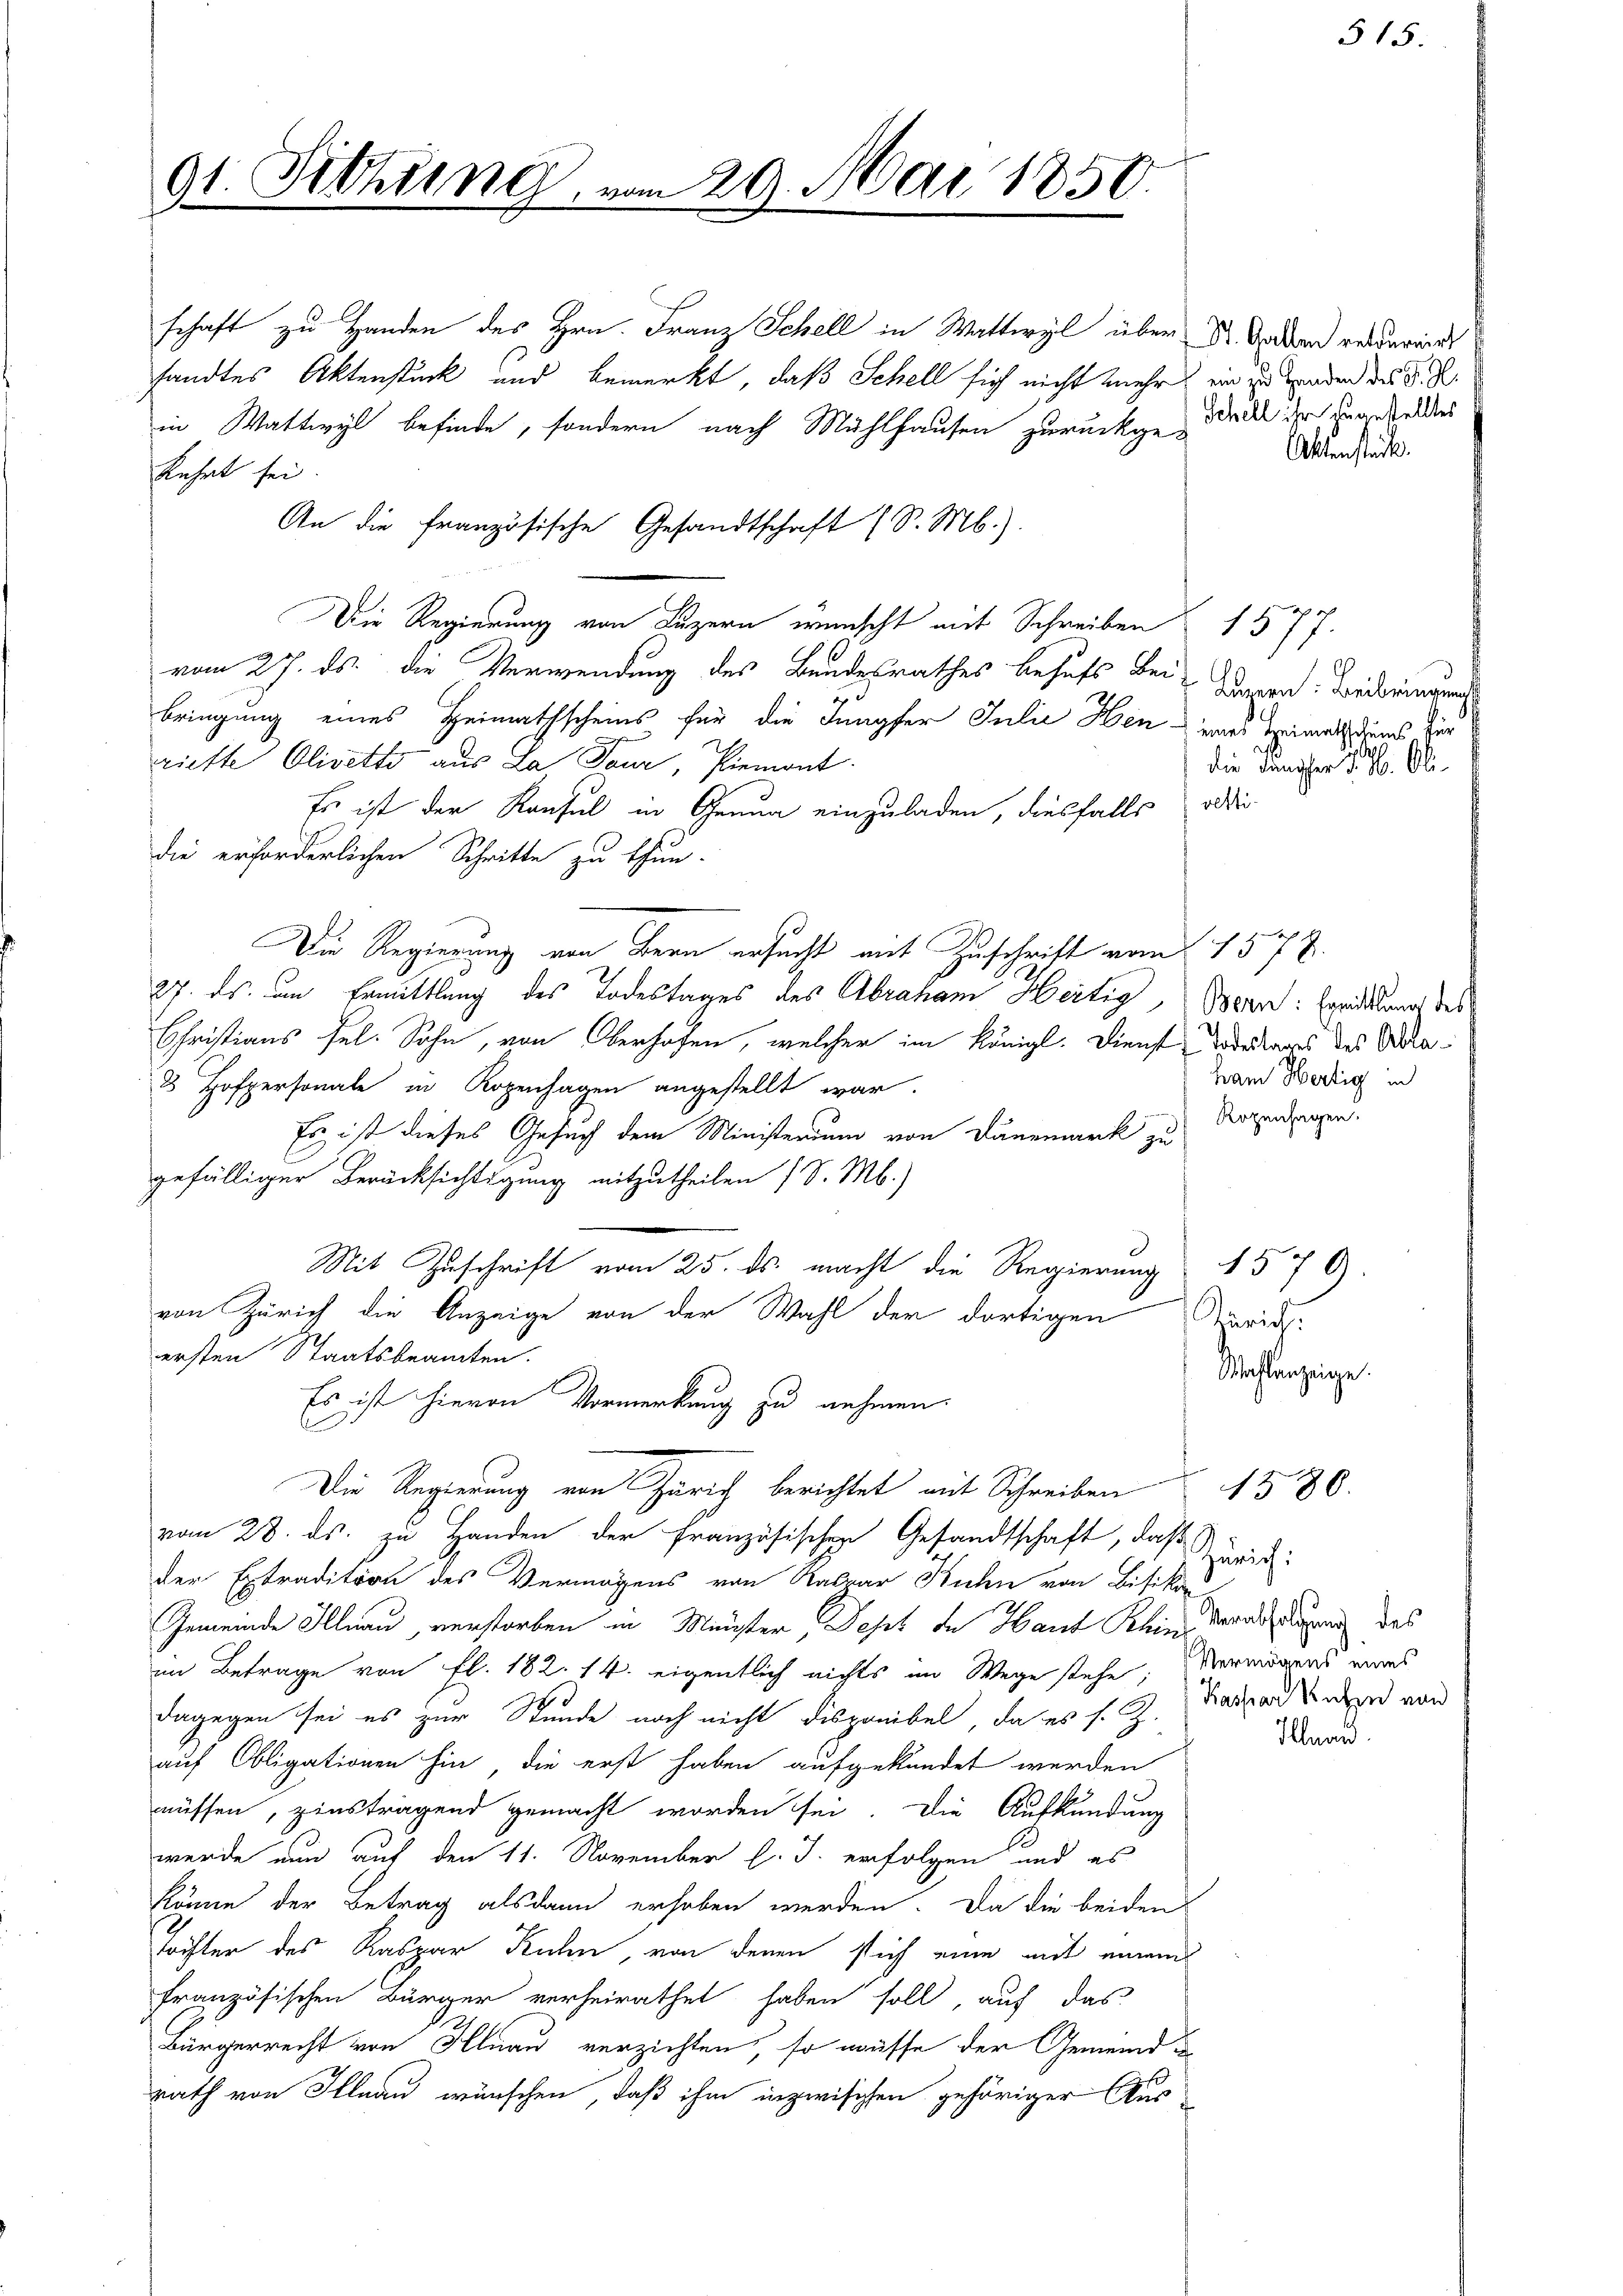
91. Setzung

schaft zu Handen des Hrn. Franz Schell in Wattwyl über St. Gestand rederwint
sandtes Aktenstück und bemerkt, daß Schell sich nicht mehr, ein zu Handen des d. R.
in Wattwyl befinde, sondern nach Mühlhausen zurückge-Wacke ihn unanfeldes
kehrt sei
An die französische Gesandtschaft (S. M.)
Die Regierung von Luzern wünscht mit Schreiben f. 577.
vom 27. ds. die Verwendung des Bundesrathes behufs Bei
bringung eines Heimathscheins für die Jungfer Julie Hen eines Heimath diens dur
riette Olivetto aus La Tour, Piemont
Es ist der Konsul in Genua einzuladen, diesfalls die
die erforderlichen Schritte zu thun.
Die Regierung von Bern ersucht mit Zuschrift vom 1577.
27. ds. um Ermittlung des Todestages des Abraham Hertig, Bern: Errichtung des
Christians sel. Sohn, von Oberhofen, welcher im Königl. Dienst Vortrages des Alta¬
8 Hofpersonale in Kopenhagen angestellt war.
Es ist dieses Gesuch dem Ministerium von Danemark zu
gefälliger Berücksichtigung mitzutheilen (S. M.)
Mit Zuschrift vom 25. ds. macht die Regierung
von Zürich die Anzeige von der Wahl der dortigen
ersten Staatsbeamten.
Es ist hievon Vormerkung zu nehmen.
l
Die Regierung von Zürich berichtet mit Schreiben
vom 28. ds. zu Handen der französischen Gesandtschaft, daß
der Extradition des Vermögens von Kabar Kuhn von Bisiko
Gemeinde Illnau verstorben in Minister, Depes de Haut Klein, dans denn des
im Betrage von fl. 182. 14. eigentlich nichts im Wege stehe. Vermögens wars
dagegen sei es zur Stunde noch nicht disponibel, da es s. Z. Kathard der von
auf Obligationen hin, die erst haben aufgekündet werden
müssen, zinstragend gemacht worden sei. Die Aufkündung
werde nun auf den 11. November l. J. erfolgen und es
könne der Betrag alsdann erhoben werden. Da die beiden
trifter des Kaspar Kuhn, von denen sich eine mit einem
französischen Bürger verheirathet haben soll, auf das
Bürgerrecht von Hlnau verzichten, so müsse der Gemeind u
rath von Illnau wünschen, daß ihm inzwischen gehöriger Aus

29. Mai 1850.

Luzern: Beibringung
die Jungfer d. M. Ali-

ham Hertig in
Ropenhagen.

1579.
Zürichs
Wahlanzeige.

Atenstück.

Zürich.

1580.

Ilunn.

515.